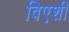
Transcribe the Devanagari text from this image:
विएशी